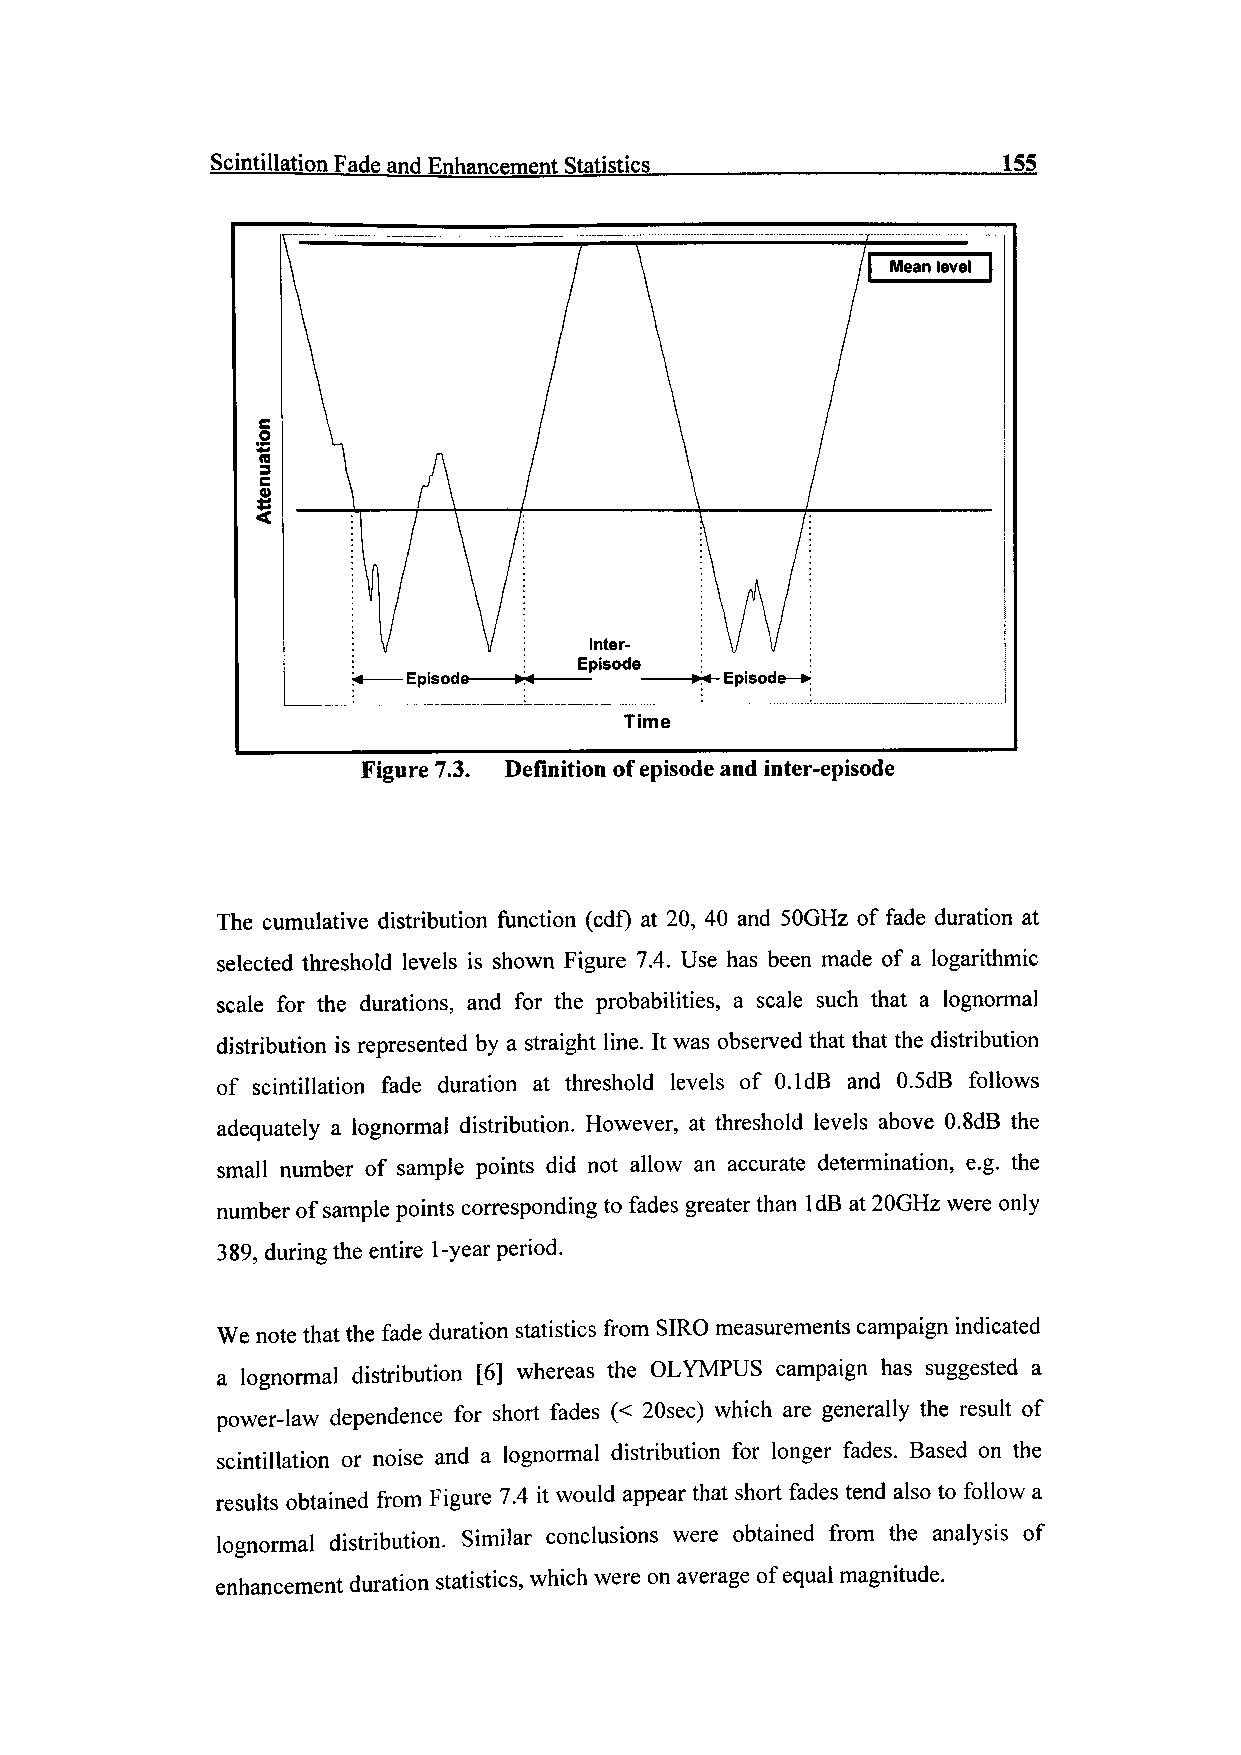
Scintillation Fade and Enhancement Statistics       155
 Time
 Figure 7.3. Definition of episode and inter-episode
 The cumulative distribution function (cdf) at 20, 40 and SOGHz of fade duration at
 selected threshold levels is shown Figure 7.4. Use has been made of a logarithmic
 scale for the durations, and for the probabilities, a scale such that a lognormal
 distribution is represented by a straight line. It was observed that that the distribution
 of scintillation fade duration at threshold levels of 0.1 dB and 0.5dB follows
 adequately a lognormal distribution. However, at threshold levels above O.SdB the
 small number of sample points did not allow an accurate determination, e.g. the
 number of sample points corresponding to fades greater than IdB at 20GHz were only
 389, during the entire 1-year period.
 We note that the fade duration statistics from SIRO measurements campaign indicated
 a lognormal distribution [6] whereas the OLYMPUS campaign has suggested a
 power-law dependence for short fades (< 20sec) which are generally the result of
 scintillation or noise and a lognormal distribution for longer fades. Based on the
 results obtained from Figure 7.4 it would appear that short fades tend also to follow a
 lognormal distribution. Similar conclusions were obtained from the analysis of
 enhancement duration statistics, which were on average of equal magnitude.